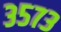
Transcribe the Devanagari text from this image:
३५७३